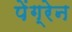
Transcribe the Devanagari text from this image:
पेंग्रेन